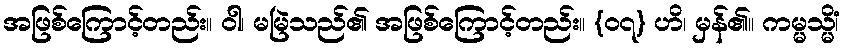
အဖြစ်ကြောင့်တည်း။ ဝါ၊ မမြဲသည်၏ အဖြစ်ကြောင့်တည်း။ {၀၇} ဟိ၊ မှန်၏။ ကမ္မသ္မိံ၊